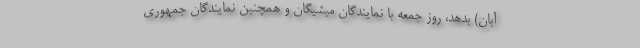
آبان) بدهد، روز جمعه با نمایندگان میشیگان و همچنین نمایندگان جمهوری